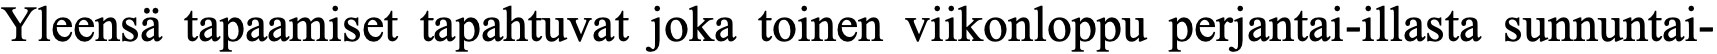
Yleensä tapaamiset tapahtuvat joka toinen viikonloppu perjantai-illasta sunnuntai-